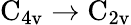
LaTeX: \mathrm{C}_{4\mathrm{v}}\to\mathrm{C}_{2\mathrm{v}}